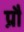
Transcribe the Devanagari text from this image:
प्रौ